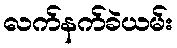
လက်နက်ခဲယမ်း